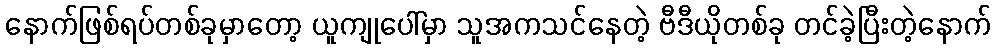
နောက်ဖြစ်ရပ်တစ်ခုမှာတော့ ယူကျုပေါ်မှာ သူအကသင်နေတဲ့ ဗီဒီယိုတစ်ခု တင်ခဲ့ပြီးတဲ့နောက်